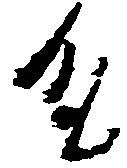
殿